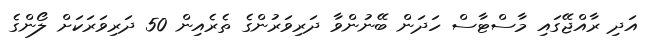
އަދި ރާއްޖޭގައި މާސްޓާސް ހަދަން ބޭނުންވާ ދަރިވަރުންގެ ތެރެއިން 50 ދަރިވަރަކަށް ލޯންގެ